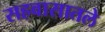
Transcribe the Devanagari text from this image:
सहवासातले